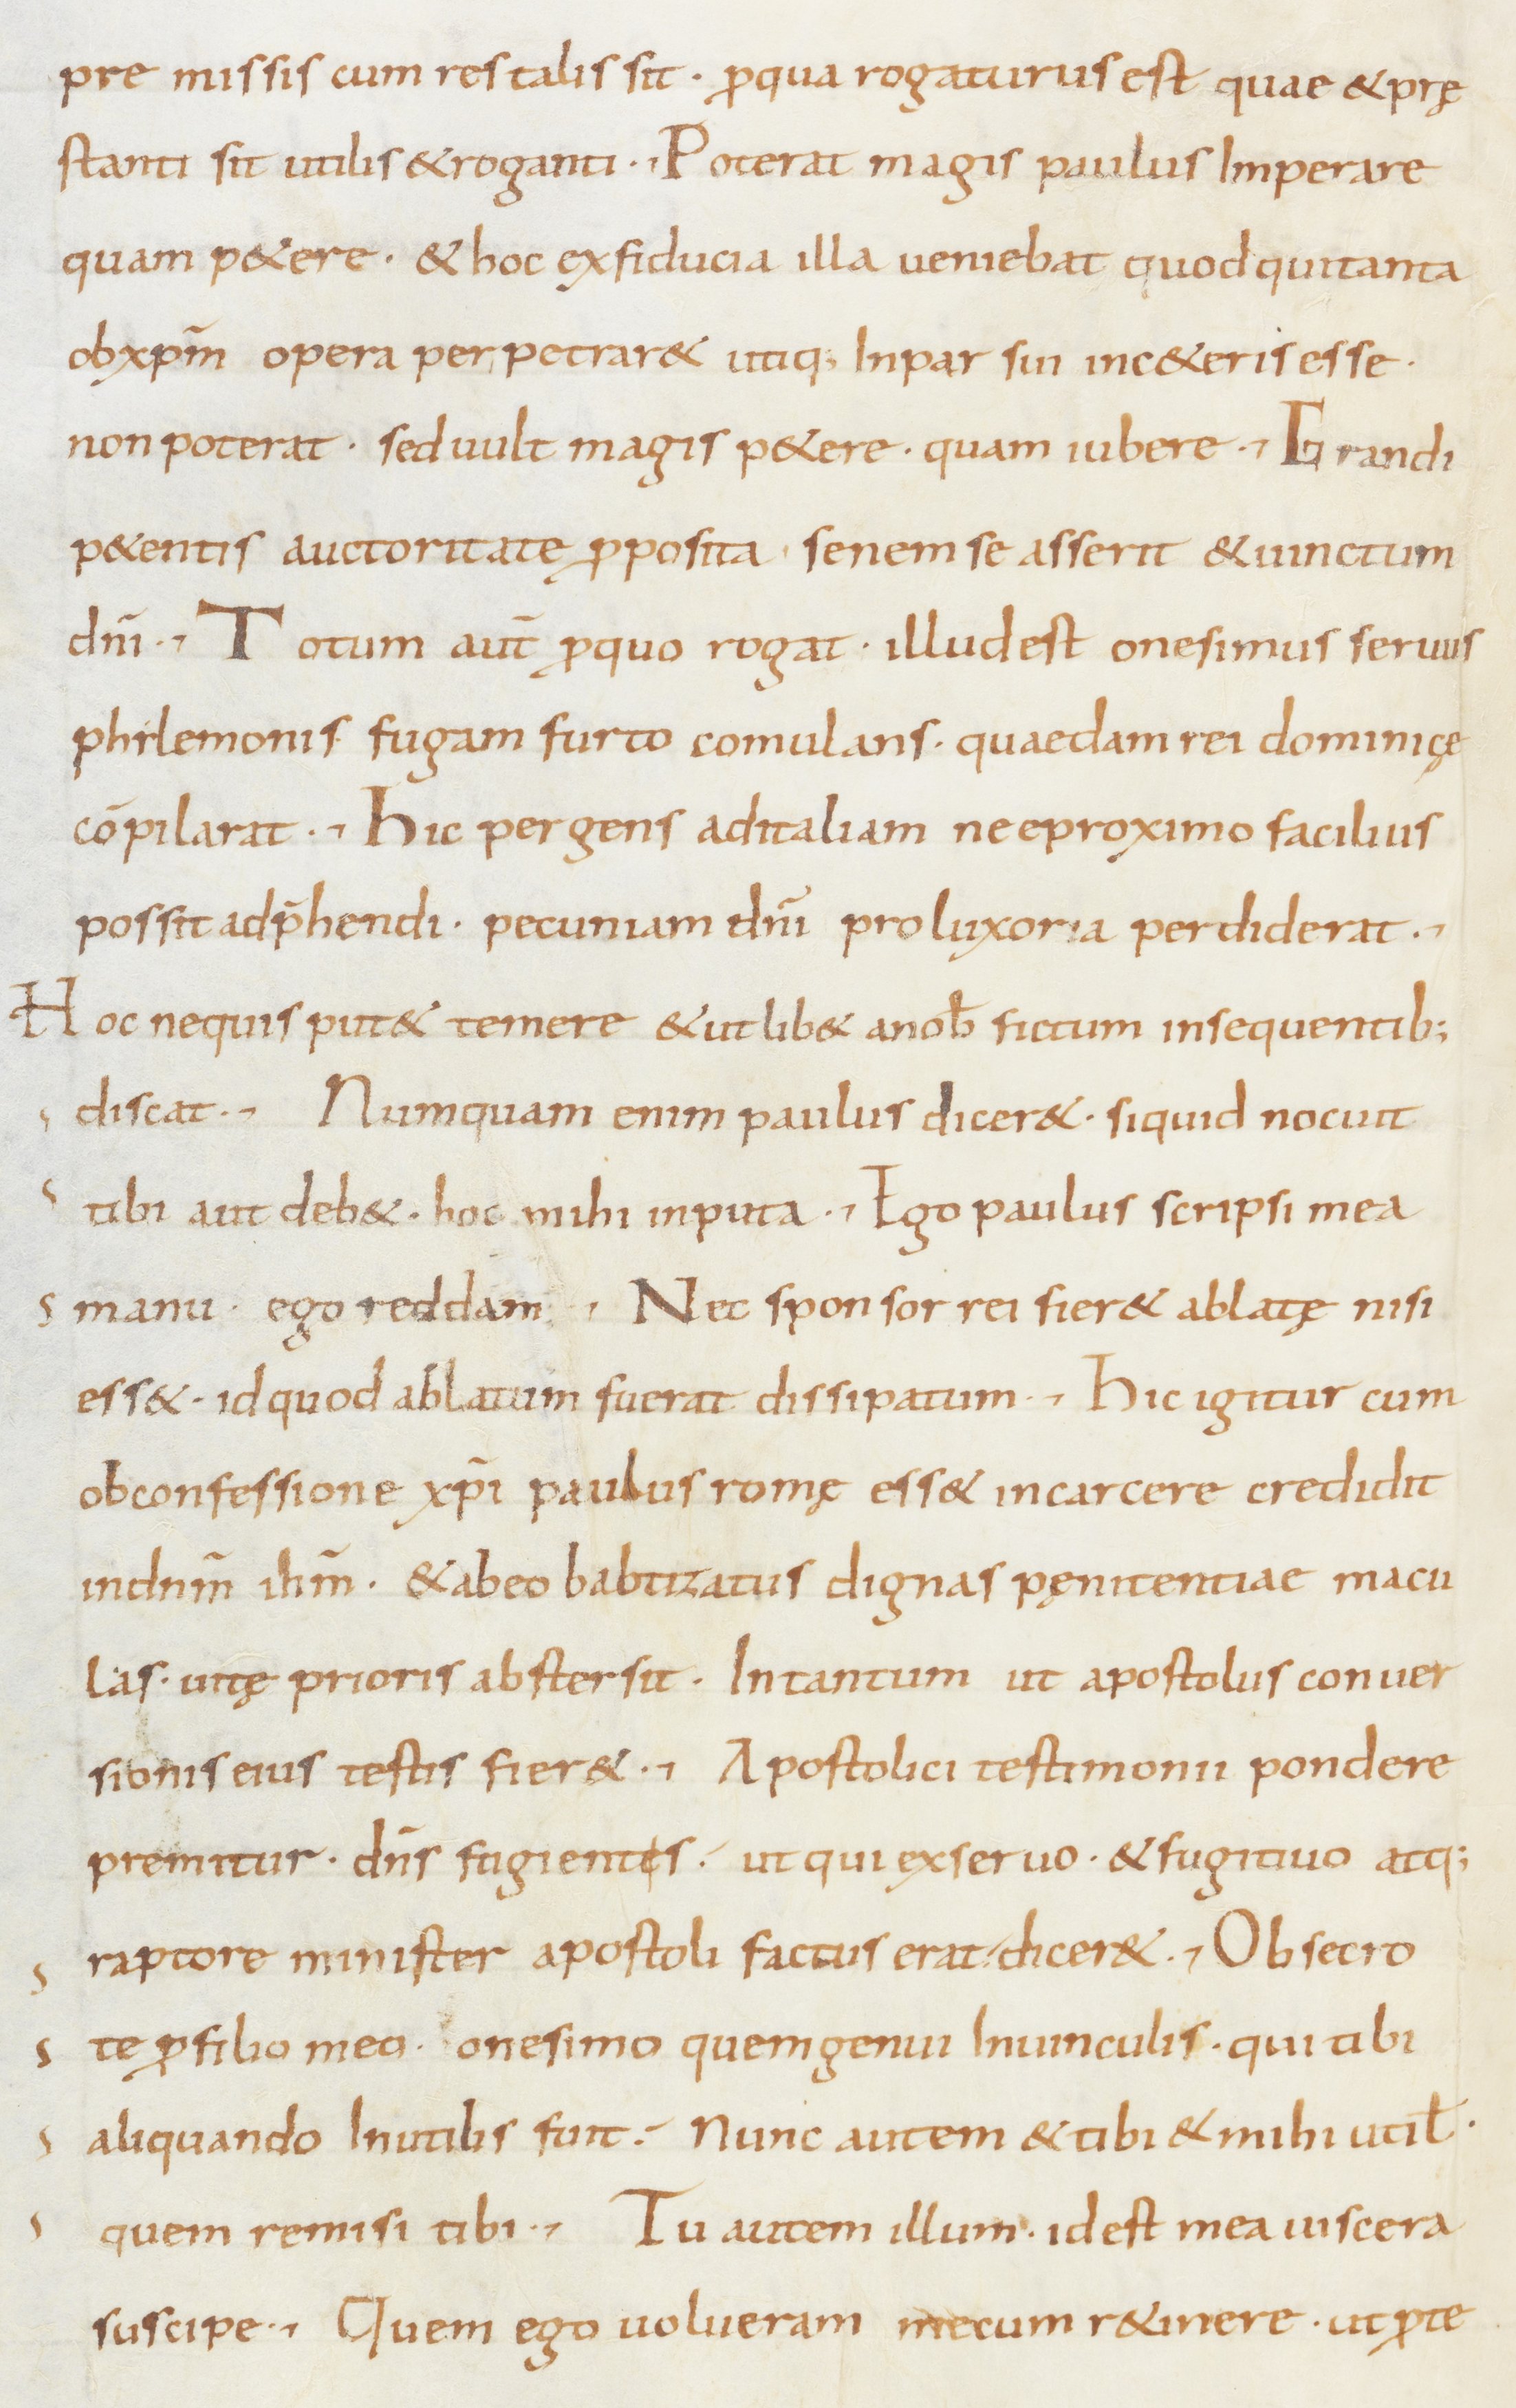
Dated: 800–849